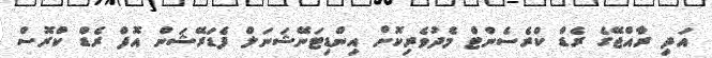
އަދި ރާއްޖޭގެ ރެޑް ކްރެސެންޓް މެދުވެރިކޮށް އިންޑިޓަނޭޝަނަލް ފެޑަރޭޝަން އޮފް ރެޑް ކްރޮސް